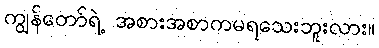
ကျွန်တော်ရဲ့ အစားအစာကမရသေးဘူးလား။